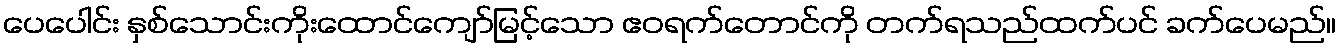
ပေပေါင်း နှစ်သောင်းကိုးထောင်ကျော်မြင့်သော ဧဝရက်တောင်ကို တက်ရသည်ထက်ပင် ခက်ပေမည်။